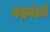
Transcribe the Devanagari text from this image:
पद्मनंदनी